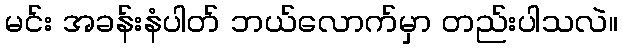
မင်း အခန်းနံပါတ် ဘယ်လောက်မှာ တည်းပါသလဲ။